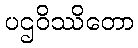
ပဌဝိဿိတော